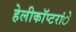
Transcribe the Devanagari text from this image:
हेलीकाॅप्टरांे